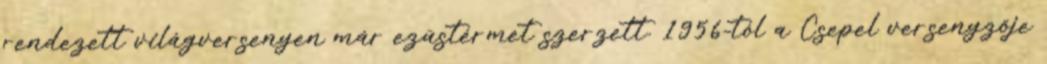
rendezett világversenyen már ezüstérmet szerzett. 1956-tól a Csepel versenyzője